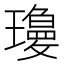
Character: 𱯿